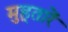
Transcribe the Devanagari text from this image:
मुहूतारें